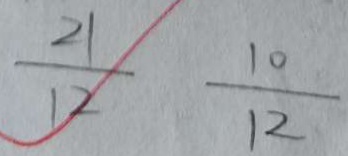
\frac { 2 1 } { 1 2 } \frac { 1 0 } { 1 2 }